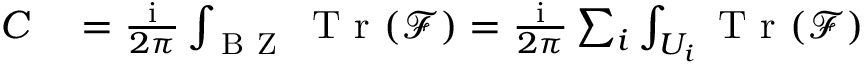
\begin{array} { r l } { C } & { { } = \frac { \mathrm { i } } { 2 \pi } \int _ { \mathrm { ~ B ~ Z ~ } } \mathrm { ~ T ~ r ~ } ( \mathcal { F } ) = \frac { \mathrm { i } } { 2 \pi } \sum _ { i } \int _ { U _ { i } } \mathrm { ~ T ~ r ~ } ( \mathcal { F } ) } \end{array}